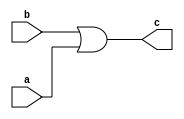
module OR32(
    input [31:0] a,
    input [31:0] b,
    output [31:0] c
);
    assign c=b|a;
endmodule